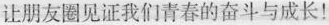
让朋友圈见证我们青春的奋斗与成长！